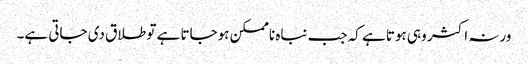
ورنہ اکثر وہی ہوتا ہے کہ جب نباہ ناممکن ہوجاتا ہے تو طلاق دی جاتی ہے۔